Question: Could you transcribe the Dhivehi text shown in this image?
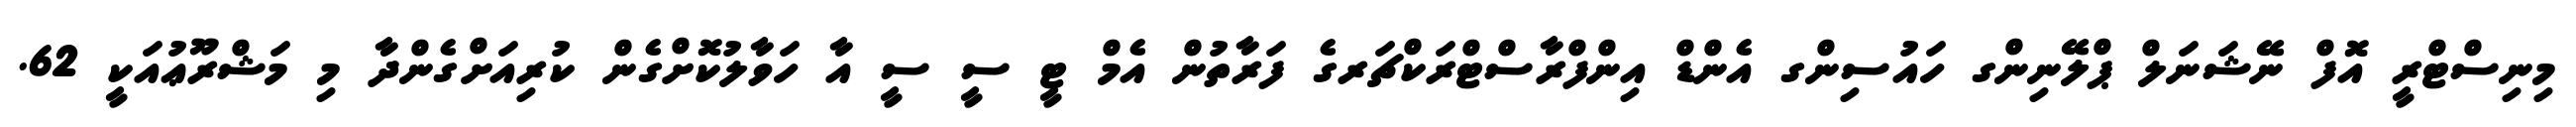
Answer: މިނިސްޓްރީ އޮފް ނޭޝަނަލް ޕްލޭނިންގ ހައުސިންގ އެންޑް އިންފްރާސްޓްރަކްޗަރގެ ފަރާތުން އެމް ޓީ ސީ ސީ އާ ހަވާލުކޮށްގެން ކުރިއަށްގެންދާ މި މަޝްރޫޢުއަކީ 62.